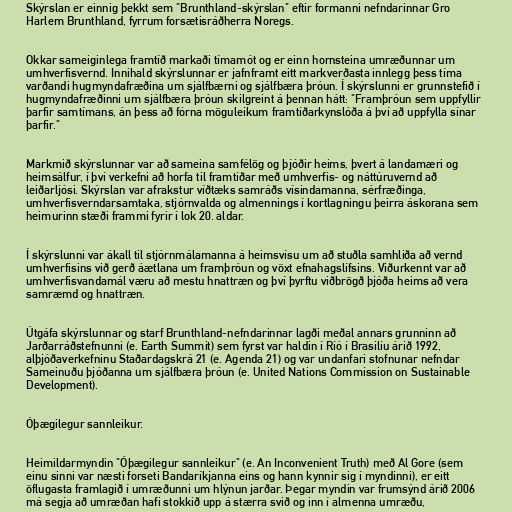
Skýrslan er einnig þekkt sem "Brunthland-skýrslan" eftir formanni nefndarinnar Gro
Harlem Brunthland, fyrrum forsætisráðherra Noregs.

Okkar sameiginlega framtíð markaði tímamót og er einn hornsteina umræðunnar um
umhverfisvernd. Innihald skýrslunnar er jafnframt eitt markverðasta innlegg þess tíma
varðandi hugmyndafræðina um sjálfbærni og sjálfbæra þróun. Í skýrslunni er grunnstefið í
hugmyndafræðinni um sjálfbæra þróun skilgreint á þennan hátt: "Framþróun sem uppfyllir
þarfir samtímans, án þess að fórna möguleikum framtíðarkynslóða á því að uppfylla sínar
þarfir."

Markmið skýrslunnar var að sameina samfélög og þjóðir heims, þvert á landamæri og
heimsálfur, í því verkefni að horfa til framtíðar með umhverfis- og náttúruvernd að
leiðarljósi. Skýrslan var afrakstur víðtæks samráðs vísindamanna, sérfræðinga,
umhverfisverndarsamtaka, stjórnvalda og almennings í kortlagningu þeirra áskorana sem
heimurinn stæði frammi fyrir í lok 20. aldar.

Í skýrslunni var ákall til stjórnmálamanna á heimsvísu um að stuðla samhliða að vernd
umhverfisins við gerð áætlana um framþróun og vöxt efnahagslífsins. Viðurkennt var að
umhverfisvandamál væru að mestu hnattræn og því þyrftu viðbrögð þjóða heims að vera
samræmd og hnattræn.

Útgáfa skýrslunnar og starf Brunthland-nefndarinnar lagði meðal annars grunninn að
Jarðarráðstefnunni (e. Earth Summit) sem fyrst var haldin í Ríó í Brasilíu árið 1992,
alþjóðaverkefninu Staðardagskrá 21 (e. Agenda 21) og var undanfari stofnunar nefndar
Sameinuðu þjóðanna um sjálfbæra þróun (e. United Nations Commission on Sustainable
Development).

Óþægilegur sannleikur.

Heimildarmyndin "Óþægilegur sannleikur" (e. An Inconvenient Truth) með Al Gore (sem
einu sinni var næsti forseti Bandaríkjanna eins og hann kynnir sig í myndinni), er eitt
öflugasta framlagið í umræðunni um hlýnun jarðar. Þegar myndin var frumsýnd árið 2006
má segja að umræðan hafi stokkið upp á stærra svið og inn í almenna umræðu,